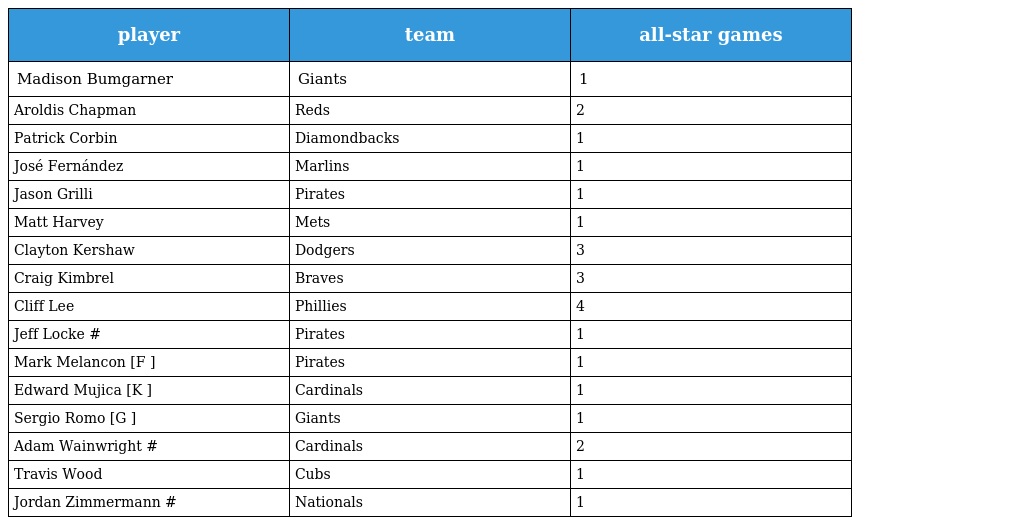
| player | team | all-star games |
 | --- | --- | --- |
 | Madison Bumgarner | Giants | 1 |
 | Aroldis Chapman | Reds | 2 |
 | Patrick Corbin | Diamondbacks | 1 |
 | José Fernández | Marlins | 1 |
 | Jason Grilli | Pirates | 1 |
 | Matt Harvey | Mets | 1 |
 | Clayton Kershaw | Dodgers | 3 |
 | Craig Kimbrel | Braves | 3 |
 | Cliff Lee | Phillies | 4 |
 | Jeff Locke # | Pirates | 1 |
 | Mark Melancon [F ] | Pirates | 1 |
 | Edward Mujica [K ] | Cardinals | 1 |
 | Sergio Romo [G ] | Giants | 1 |
 | Adam Wainwright # | Cardinals | 2 |
 | Travis Wood | Cubs | 1 |
 | Jordan Zimmermann # | Nationals | 1 |